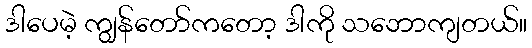
ဒါပေမဲ့ ကျွန်တော်ကတော့ ဒါကို သဘောကျတယ်။